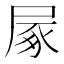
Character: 㞘